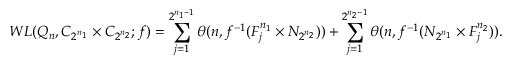
W L ( Q _ { n } , C _ { 2 ^ { n _ { 1 } } } \times C _ { 2 ^ { n _ { 2 } } } ; f ) = \sum _ { j = 1 } ^ { 2 ^ { n _ { 1 } - 1 } } \theta ( n , f ^ { - 1 } ( F _ { j } ^ { n _ { 1 } } \times N _ { 2 ^ { n _ { 2 } } } ) ) + \sum _ { j = 1 } ^ { 2 ^ { n _ { 2 } - 1 } } \theta ( n , f ^ { - 1 } ( N _ { 2 ^ { n _ { 1 } } } \times F _ { j } ^ { n _ { 2 } } ) ) .